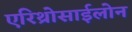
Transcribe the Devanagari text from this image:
एरिथ्रोसाईलोन